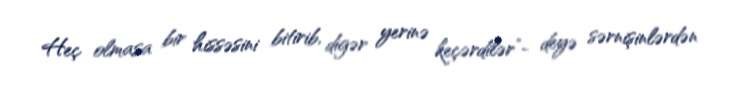
Heç olmasa bir hissəsini bitirib, digər yerinə keçərdilər”- deyə sərnişinlərdən